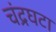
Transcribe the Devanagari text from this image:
चंद्रघटा